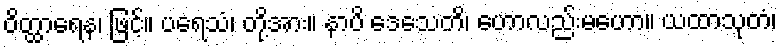
ဝိတ္ထာရေန၊ ဖြင့်။ ပရေသံ၊ တို့အား။ နာပိ ဒေသေတိ၊ ဟောလည်းမဟော။ ယထာသုတံ၊